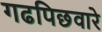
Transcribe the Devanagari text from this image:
गढपिछवारे